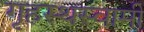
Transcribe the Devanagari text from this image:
गृहस्थस्वामी